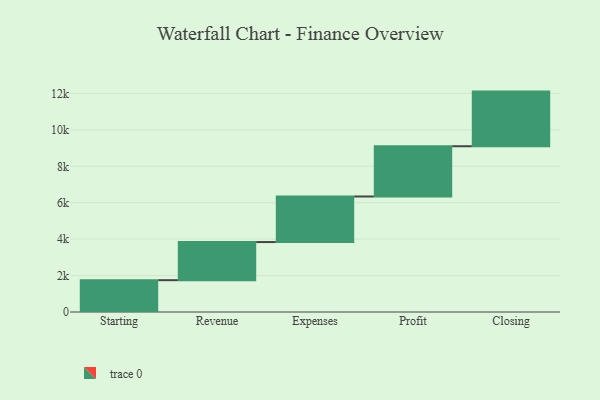
{"axis": {"x": "Step", "y": "Value"}, "legend": [""], "data": [{"x": "Starting", "y": 1747.0, "type": ""}, {"x": "Revenue", "y": 2094.0, "type": ""}, {"x": "Expenses", "y": 2501.0, "type": ""}, {"x": "Profit", "y": 2760.0, "type": ""}, {"x": "Closing", "y": 3000, "type": ""}]}